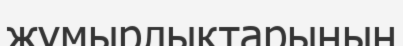
жүмырлықтарының